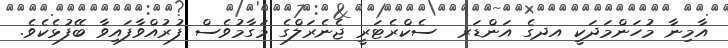
އާމިނާ މުހަންމަދަކީ އދގެ އަންޑަރ  ސެކްރެޓަރީ ޖެނެރަލްގެ މަގާމުވެސް ފުރުއްވާފައިވާ ބޭފުޅެކެވެ.